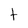
Character: t